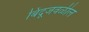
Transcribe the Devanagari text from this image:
बिंदूजवळील